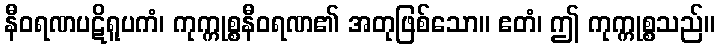
နီဝရဏပဋိရူပကံ၊ ကုက္ကုစ္စနီဝရဏ၏ အတုဖြစ်သော။ ဧတံ၊ ဤ ကုက္ကုစ္စသည်။